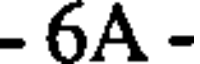
- 6A -